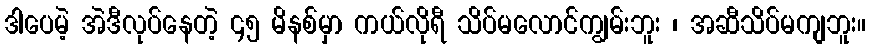
ဒါပေမဲ့ အဲဒီလုပ်နေတဲ့ ၄၅ မိနစ်မှာ ကယ်လိုရီ သိပ်မလောင်ကျွမ်းဘူး ၊ အဆီသိပ်မကျဘူး။